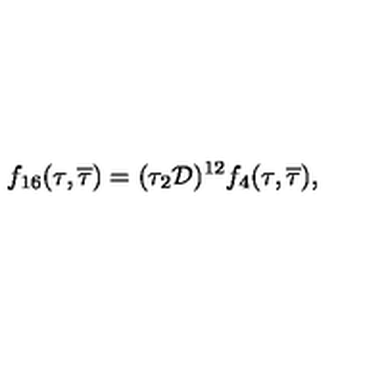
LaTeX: f _ { 1 6 } ( \tau , { \overline { \tau } } ) = ( \tau _ { 2 } { \cal D } ) ^ { 1 2 } f _ { 4 } ( \tau , { \overline { \tau } } ) ,